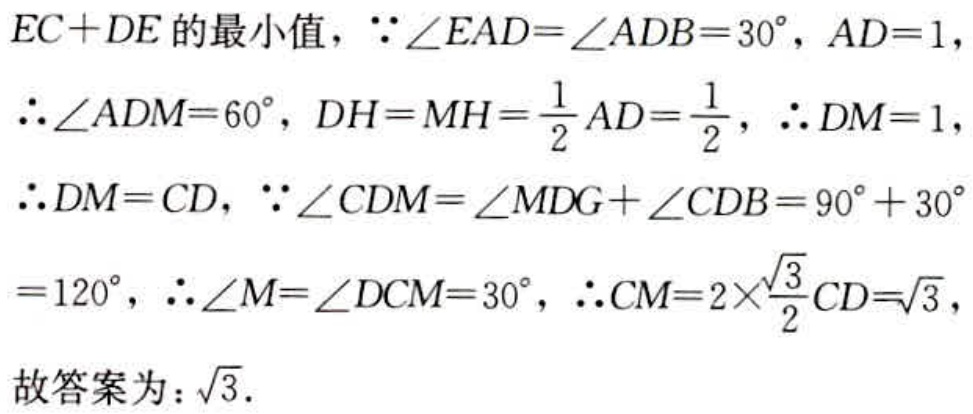
$EC + DE$的最小值，$\because\angle EAD = \angle ADB = 30^{\circ}, AD = 1$，
$\therefore\angle ADM = 60^{\circ}, DH = MH = \frac{1}{2}AD = \frac{1}{2}$，$\therefore DM = 1$，
$\therefore DM = CD$，$\because\angle CDM = \angle MDG+\angle CDB = 90^{\circ}+30^{\circ}$
$= 120^{\circ}$，$\therefore\angle M = \angle DCM = 30^{\circ}$，$\therefore CM = 2\times\frac{\sqrt{3}}{2}CD=\sqrt{3}$，
故答案为：$\sqrt{3}$.